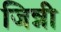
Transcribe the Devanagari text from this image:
जिन्नी